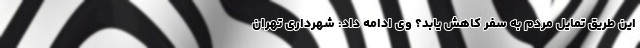
این طریق تمایل مردم به سفر کاهش یابد؟ وی ادامه داد: شهرداری تهران